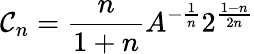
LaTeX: \mathcal{C}_{n}=\frac{{n}}{{1+n}}A^{-\frac{{1}}{{n}}}2^{\frac{{1-n}}{{2n}}}